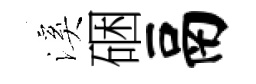
溪硱鬲